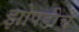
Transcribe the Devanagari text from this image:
झोपडीचे